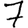
Digit: 7